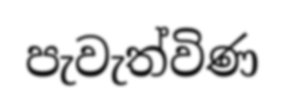
පැවැත්විණ